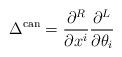
LaTeX: \begin{align*}\Delta^{\rm can} = \frac{\partial^R}{\partial x^i}\frac{\partial ^L}{\partial \theta_i} \end{align*}